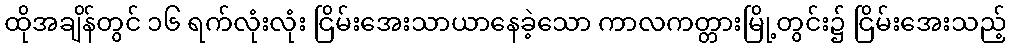
ထိုအချိန်တွင် ၁၆ ရက်လုံးလုံး ငြိမ်းအေးသာယာနေခဲ့သော ကာလကတ္တားမြို့တွင်း၌ ငြိမ်းအေးသည့်